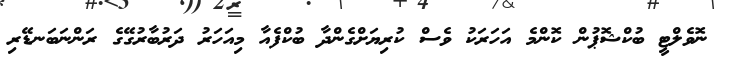
ނޮވެލްޓީ ބުކްޝޮޕުން ކޮންމެ އަހަރަކު ވެސް ކުރިޔަށްގެންދާ ބުކްފެއާ މިއަހަރު ދަރުބާރުގޭގެ ރަންނަބަނޑޭރި